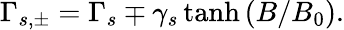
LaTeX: \Gamma_{s,\pm}=\Gamma_{s}\mp\gamma_{s}\operatorname{tanh}{(B/B_{0})}.